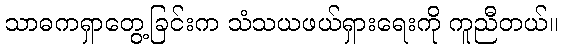
သာဓကရှာတွေ့ခြင်းက သံသယဖယ်ရှားရေးကို ကူညီတယ်။